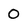
Character: 0